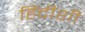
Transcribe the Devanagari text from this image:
हिंदीशी